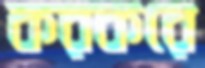
করকরে